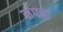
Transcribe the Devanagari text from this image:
सपढ़ा